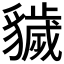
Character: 𧴖